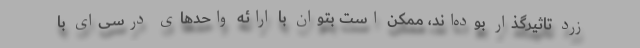
زرد تاثیرگذار بوده‌اند، ممکن است بتوان با ارائه واحدهای درسی‌ای با